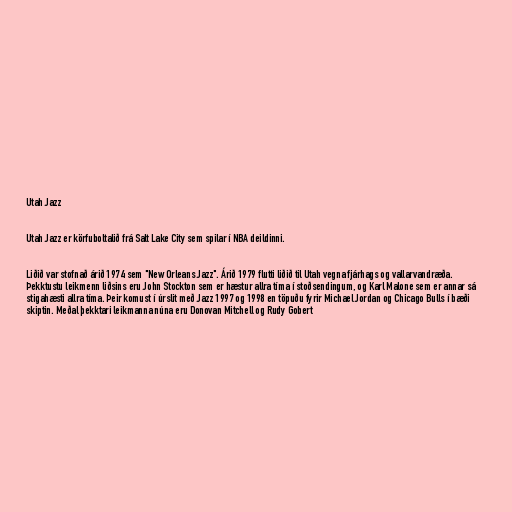
Utah Jazz

Utah Jazz er körfuboltalið frá Salt Lake City sem spilar í NBA deildinni.

Liðið var stofnað árið 1974 sem "New Orleans Jazz". Árið 1979 flutti liðið til Utah vegna fjárhags og vallarvandræða.
Þekktustu leikmenn liðsins eru John Stockton sem er hæstur allra tíma í stoðsendingum, og Karl Malone sem er annar sá
stigahæsti allra tíma. Þeir komust í úrslit með Jazz 1997 og 1998 en töpuðu fyrir Michael Jordan og Chicago Bulls í bæði
skiptin. Meðal þekktari leikmanna núna eru Donovan Mitchell og Rudy Gobert